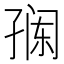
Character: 𭓎